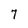
Character: 7